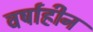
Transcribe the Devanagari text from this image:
वर्षाहीन